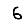
Digit: 6